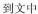
到文中